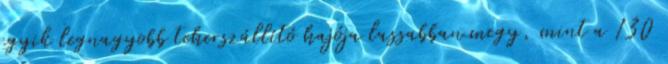
egyik legnagyobb teherszállító hajója lassabban megy, mint a 130